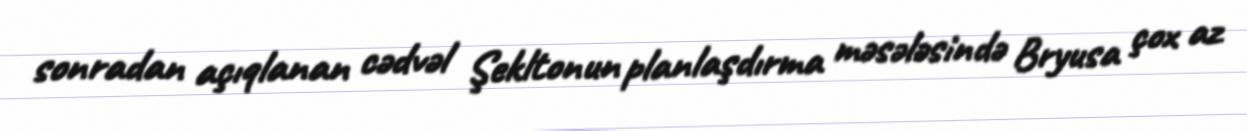
sonradan açıqlanan cədvəl Şekltonun planlaşdırma məsələsində Bryusa çox az